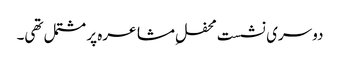
دوسری نشست محفلِ مشاعرہ پر مشتمل تھی۔